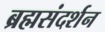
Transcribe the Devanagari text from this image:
ब्रह्मसंदर्शन